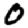
Digit: 0